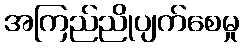
အကြည်ညိုပျက်စေမှု